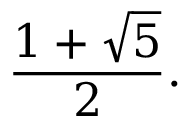
{ \frac { 1 + { \sqrt { 5 } } } { 2 } } .